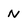
Character: N